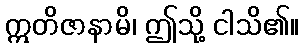
ဣတိဇာနာမိ၊ ဤသို့ ငါသိ၏။